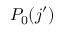
P _ { 0 } ( j ^ { \prime } )